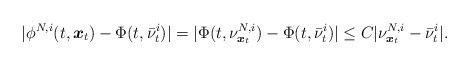
\begin{align*}|\phi^{N,i}(t,\boldsymbol{x}_t)-\Phi(t,\bar{\nu}_t^i)|=|\Phi(t,\nu^{N,i}_{\boldsymbol{x}_t})-\Phi(t,\bar{\nu}_t^i)|\leq C|\nu^{N,i}_{\boldsymbol{x}_t}-\bar{\nu}_t^i|.\end{align*}